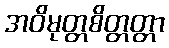
အဝိမုတ္တစိတ္တတ္တာ